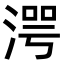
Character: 湂